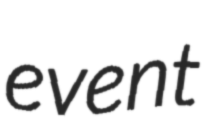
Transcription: event